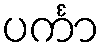
ပင်္ကာ